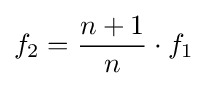
f_{2}={\frac {n+1}{n}}\cdot f_{1}